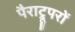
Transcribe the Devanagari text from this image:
पैराट्रूपरों